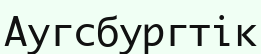
Аугсбургтік